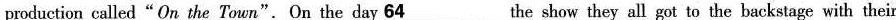
production called"On the Town".On the day \underline{64} the show they all got to the backstage with their